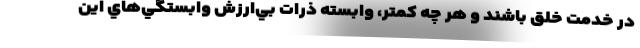
در خدمت خلق باشند و هر چه كمتر، وابسته ذرات بي‌ارزش وابستگي‌هاي اين